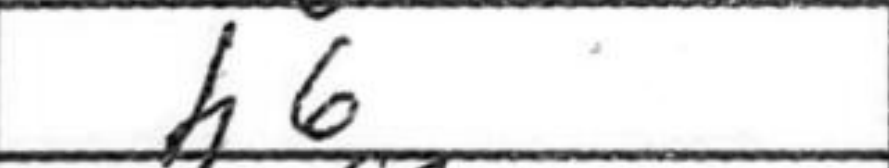
Transcription: h6